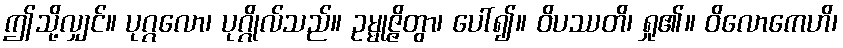
ဤသို့လျှင်။ ပုဂ္ဂလော၊ ပုဂ္ဂိုလ်သည်။ ဥမ္မုဇ္ဇိတွာ၊ ပေါ်၍။ ဝိပဿတိ၊ ရှု၏။ ဝိလောကေဟိ၊